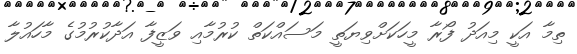
ތިމާ އަކީ މިއަދު ފޯރާ މީހަކަށްވިޔަތީ މަސައްކަތް ކުރުމާއި ވަޒީފާ އަދާކުރުމުގެ މާހައުލާ